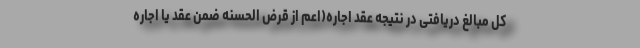
کل مبالغ دریافتی در نتیجه عقد اجاره(اعم از قرض الحسنه ضمن عقد یا اجاره